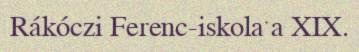
Rákóczi Ferenc-iskola a XIX.